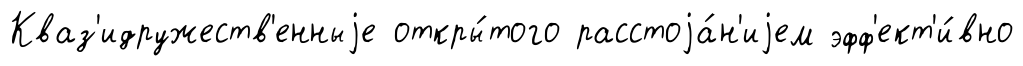
Кваз'идружеств'енныjе откры́того расстоjа́н'иjем эфф'ект'и́вно